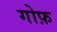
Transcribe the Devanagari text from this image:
गोफ़